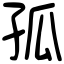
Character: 孤